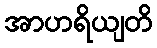
အာဟရိယျတိ